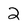
Character: 2